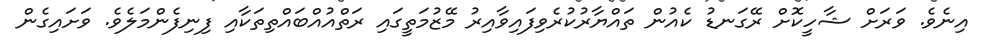
އިނެވެ. ވަރަށް ޝާހީކޮށް ރޭގަނޑު ކެއުން ތައްޔާރުކުރެވިފައިވާއިރު މޭޒުމަތީގައި ރަތްއުއްބައްތިތަކާއި ފިނިފެންމަލެވެ. ވަށައިގެން